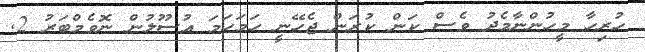
ހުރިހާ މީހުންނާމެދު ވެސް ކަން ކުރަން ޖެހޭނީ ހަމަހަމަ އުސޫލުން ނޮވެމްބަރު 2